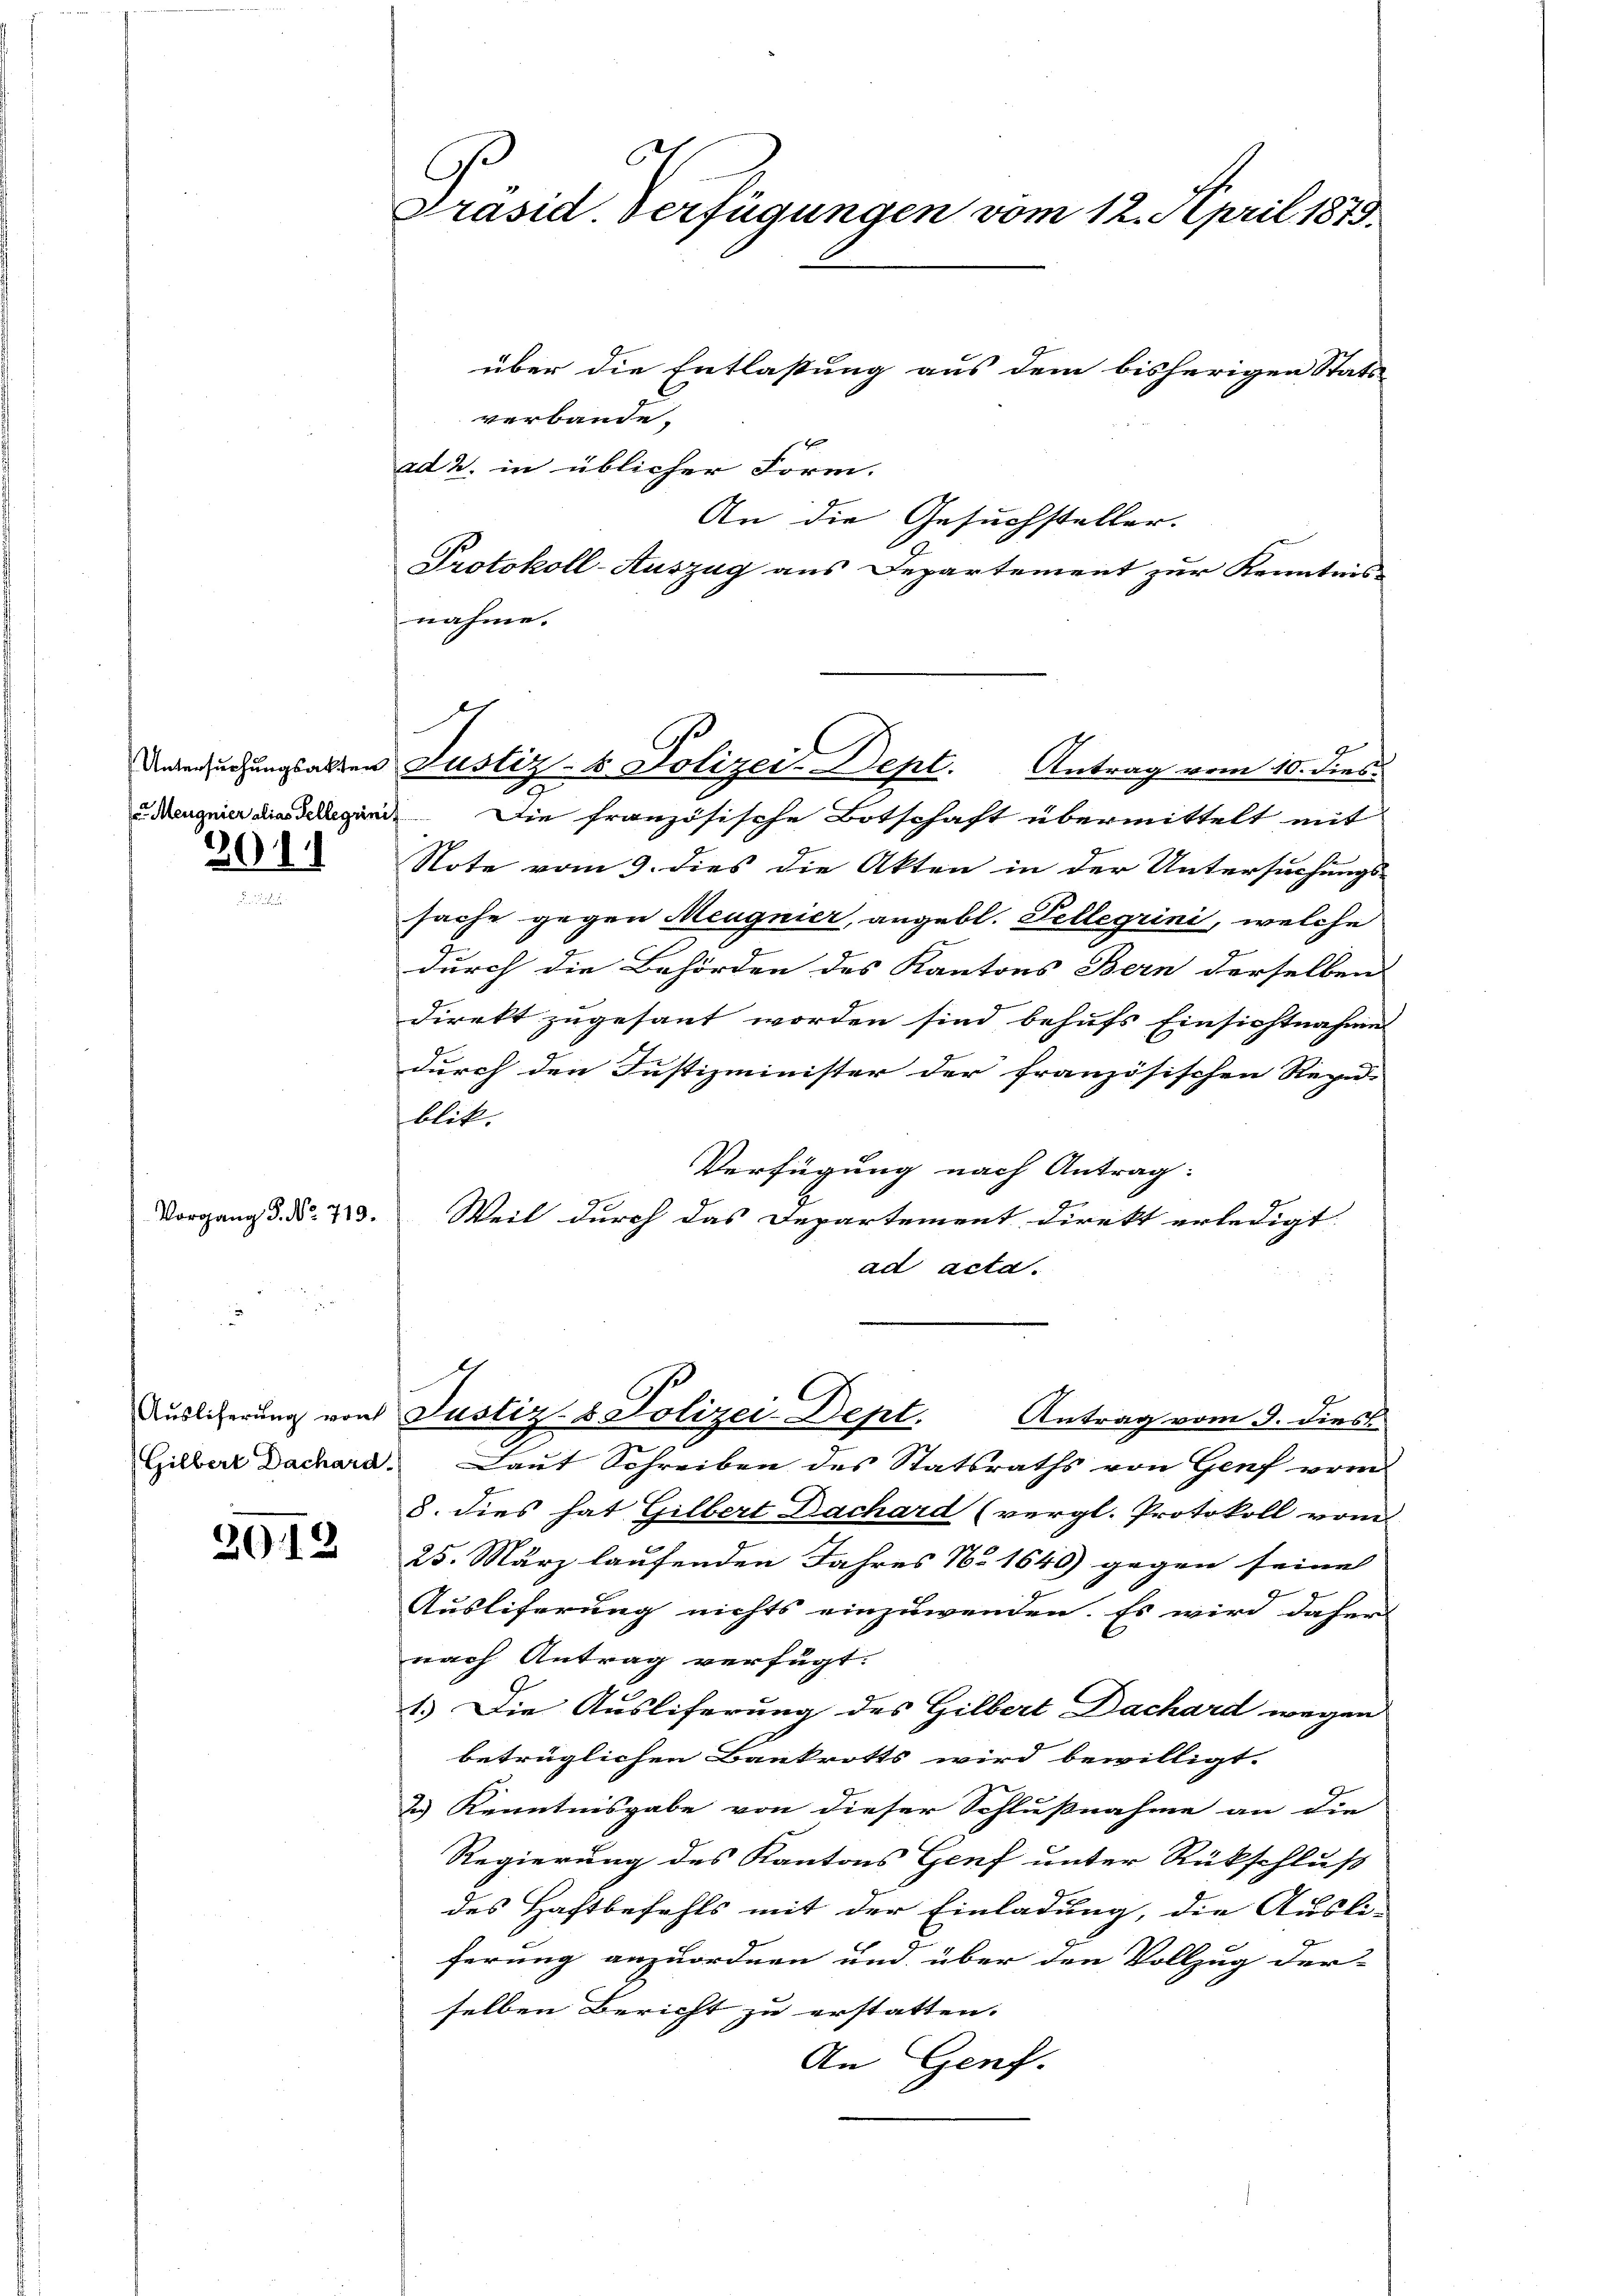
Meugnier alias Tellegiinis

201

Vorgang S. No 719.

Gilbert Dachard.

2019

G.
Präsid. Verfügungen vom 12. April 1879.

über die Entlassung aus dem bisherigen Stats
verbande.
ad 2. in üblicher Form.
An die Gesuchsteller.
Protokoll-Auszug aus Departement zur Kenntnis-
nahme.
Die französische Botschaft übermittelt mit
Note vom 9. dies die Akten in der Untersuchungssache gegen Meugnier, angebl. Pellegrini, welche
durch die Behörden des Kantons Bern derselben
direkt zugesant worden sind behufs Einsichtnahme
durch den Justizminister der französischen Repu
blit.
Verfügung nach Antrag:
Weil durch das Departement direkt erledigt.
ad acta.
Auslicherung von Justiz- & Polizei-Dept. Antrag vom 9. dies
Laut Schreiben des Statsraths von Genf vom
8. dies hat Gilbert Dachard (vergl. Protokoll vom
25. März laufenden Jahres No 1648) gegen seine
Ausliferung nichts einzuwenden. Es wird daher
nach Antrag verfügt:
1.) Die Ausliferung des Gilbert Dachard wegen
betrüglichen Bankrotts wird bewilligt.
2) Kenntnisgabe von dieser Schlußnahme an die
Regierung des Kantons Genf unter Rückschluß
des Haftbefehls mit der Einladung, die Ausli-
ferung anzuordnen und über den Vollzug der-
selben Bericht zu erstatten.
An Genf.

C
denberuehungsakten Justiz- & Polizei-Dept. Antrag vom 10. dies
.